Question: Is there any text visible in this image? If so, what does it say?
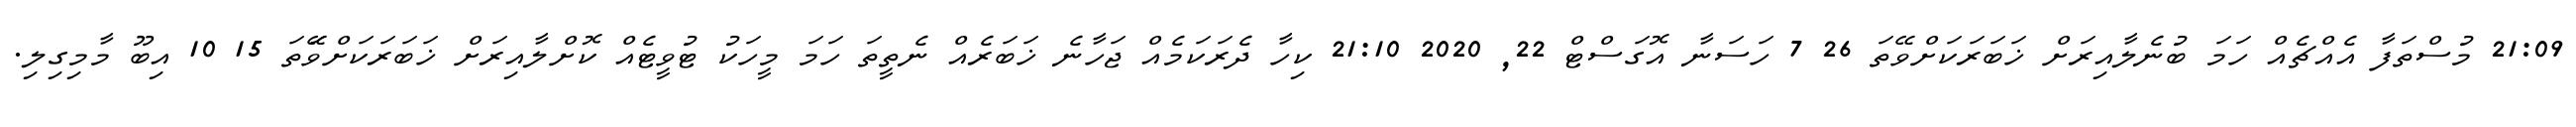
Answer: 21:09 މުސްތަފާ އެއްޗެއް ހަމަ ބުނެލާއިރަށް ޚަބަރަކަށްވޭތަ 26 7 ހަސަނާ އޮގަސްޓް 22, 2020 21:10 ކިހާ ދެރަކަމެއް ޖަހާނެ ޚަބަރެއް ނެތީތަ ހަމަ މީހަކު ޓުވީޓެއް ކޮށްލާއިރަށް ޚަބަރަކަށްވޭަތަ 15 10 އިބޫ މާމިގިލި.